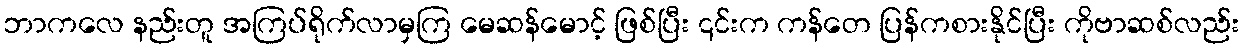
ဘာကလေ နည်းတူ အကြပ်ရိုက်လာမှကြ မေဆန်မောင့် ဖြစ်ပြီး ၎င်းက ကန်တေ ပြန်ကစားနိုင်ပြီး ကိုဗာဆစ်လည်း